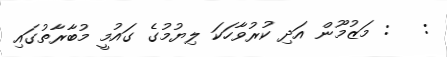
:   : މަޒުމޫން އަދި ކުރުވާހަކަ ލިޔުމުގެ ގައުމީ މުބާރާތުގައި